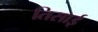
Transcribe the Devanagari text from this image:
तिसाई